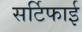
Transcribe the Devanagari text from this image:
सर्टिफाई